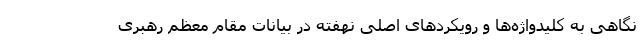
نگاهی به کلید‌واژه‌ها و رویکردهای اصلی نهفته در بیانات مقام معظم رهبری